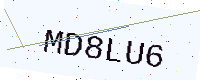
Text: MD8LU6